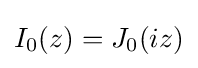
I_{0}(z)=J_{0}(iz)